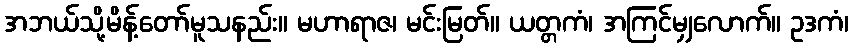
အဘယ်သို့မိန့်တော်မူသနည်း။ မဟာရာဇ၊ မင်းမြတ်။ ယတ္တကံ၊ အကြင်မျှလောက်။ ဥဒကံ၊